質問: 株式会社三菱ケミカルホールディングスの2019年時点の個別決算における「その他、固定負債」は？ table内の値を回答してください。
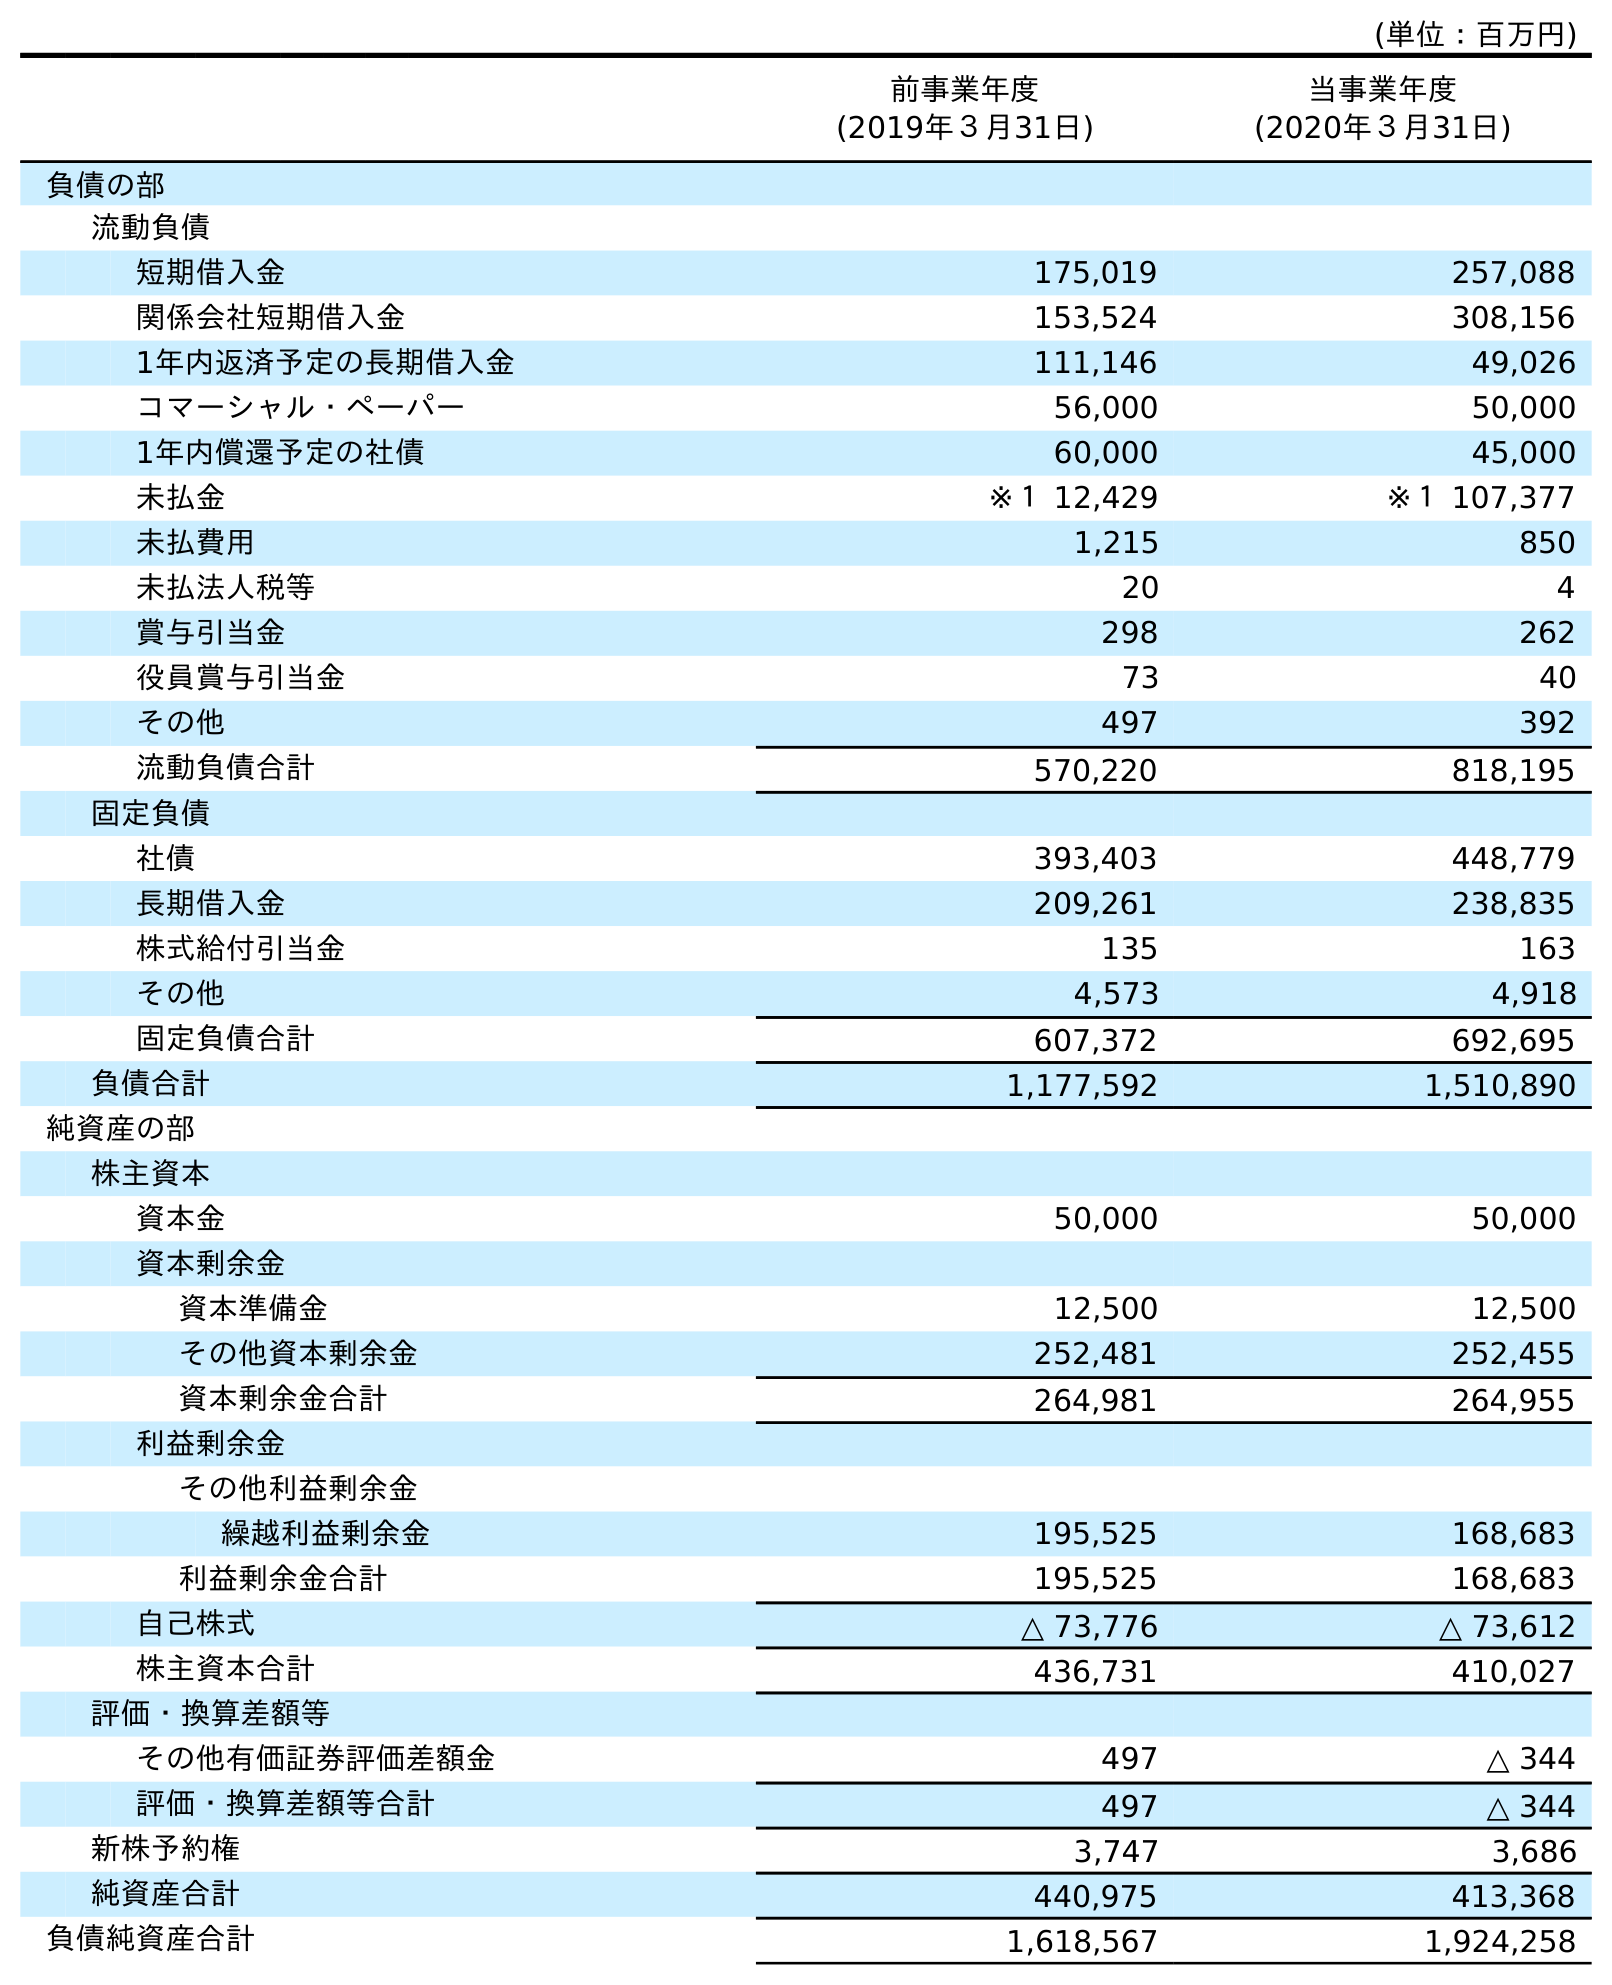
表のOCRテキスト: (単位：百万円) 前事業年度 (2019年３月31日) 当事業年度 (2020年３月31日) 負債の部 流動負債 短期借入金 175,019 257,088 関係会社短期借入金 153,524 308,156 1年内返済予定の長期借入金 111,146 49,026 コマーシャル・ペーパー 56,000 50,000 1年内償還予定の社債 60,000 45,000 未払金 ※１ 12,429 ※１ 107,377 未払費用 1,215 850 未払法人税等 20 4 賞与引当金 298 262 役員賞与引当金 73 40 その他 497 392 流動負債合計 570,220 818,195 固定負債 社債 393,403 448,779 長期借入金 209,261 238,835 株式給付引当金 135 163 その他 4,573 4,918 固定負債合計 607,372 692,695 負債合計 1,177,592 1,510,890 純資産の部 株主資本 資本金 50,000 50,000 資本剰余金 資本準備金 12,500 12,500 その他資本剰余金 252,481 252,455 資本剰余金合計 264,981 264,955 利益剰余金 その他利益剰余金 繰越利益剰余金 195,525 168,683 利益剰余金合計 195,525 168,683 自己株式 △ 73,776 △ 73,612 株主資本合計 436,731 410,027 評価・換算差額等 その他有価証券評価差額金 497 △ 344 評価・換算差額等合計 497 △ 344 新株予約権 3,747 3,686 純資産合計 440,975 413,368 負債純資産合計 1,618,567 1,924,258
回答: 4,573